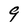
Character: 9